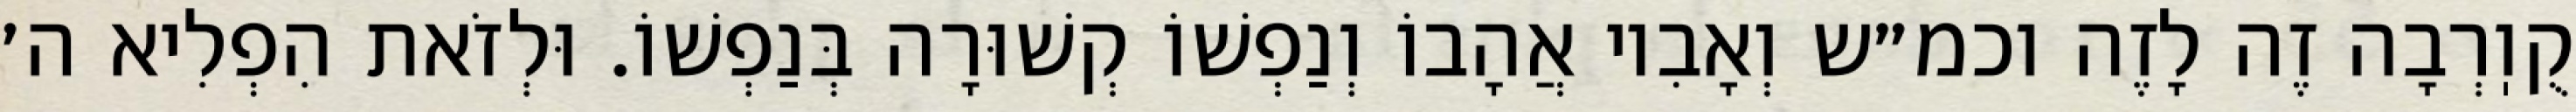
קֻוֽרְבָה זֶה לָזֶה וכמ״ש וְאָבִיו אֲהָבוֹ וְנַפְשׁוֹ קְשׁוּרָה בְּנַפְשׁוֹ. וּלְזֹאת הִפְלִיא ה׳